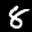
Label: 8